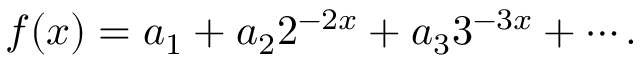
f ( x ) = a _ { 1 } + a _ { 2 } 2 ^ { - 2 x } + a _ { 3 } 3 ^ { - 3 x } + \cdots .